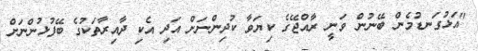
"އަޅުގަނޑުމެން ބޭނުން ވަނީ ރާއްޖޭގެ ކިޔަވާ ކުދިންނަށް އަދި އެކި ދާއިރާތަކުގެ ބޭފުޅުންނަށް